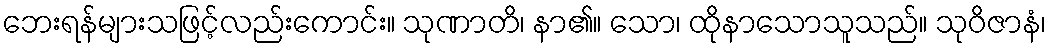
ဘေးရန်များသဖြင့်လည်းကောင်း။ သုဏာတိ၊ နာ၏။ သော၊ ထိုနာသောသူသည်။ သုဝိဇာနံ၊